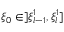
\xi _ { 0 } \in ] \xi _ { l - 1 } ^ { 1 } , \xi _ { l } ^ { 1 } ]